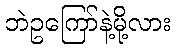
ဘဲဥကြော်နဲ့မို့လား